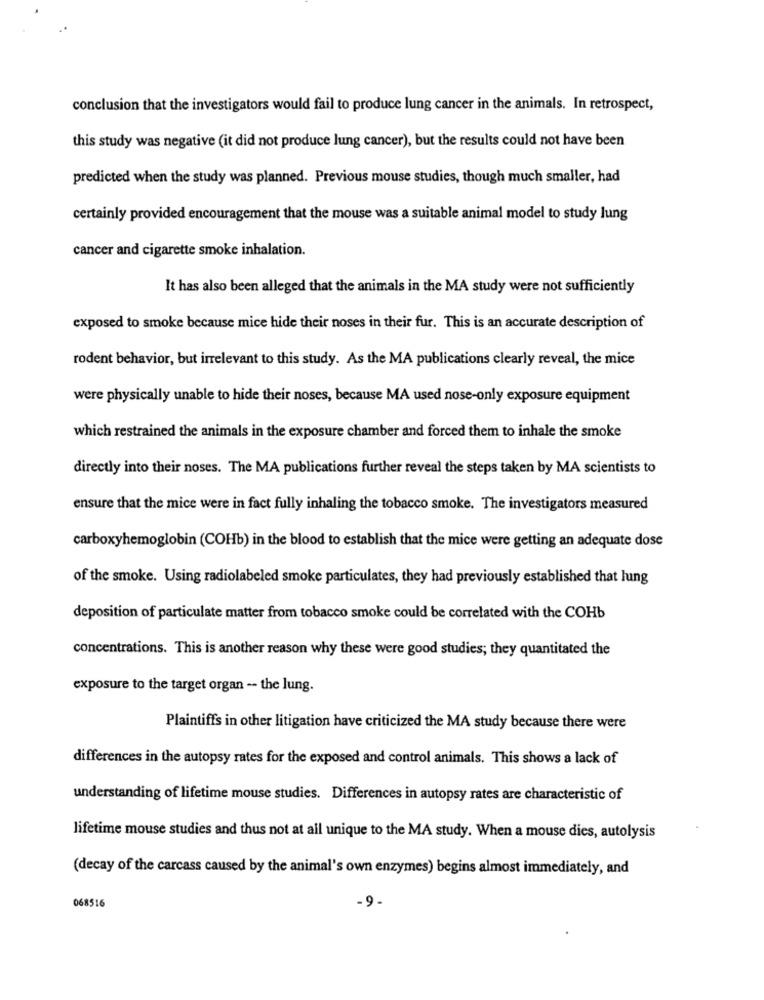
conclusion that the investigators would fail to produce lung cancer in the animals. In retrospect,
this study was negative (it did not produce lung cancer), but the results could not have been
predicted when the study was planned. Previous mouse studies, though much smaller, had
certainly provided encouragement that the mouse was a suitable animal model to study lung
cancer and cigarette smoke inhalation.
It has also been alleged that the animals in the MA study were not sufficiently
exposed to smoke because mice hide their noses in their fur. This is an accurate description of
rodent behavior, but irrelevant to this study. As the MA publications clearly reveal, the mice
were physically unable to hide their noses, because MA used nose-only exposure equipment
which restrained the animals in the exposure chamber and forced them to inhale the smoke
directly into their noses. The MA publications further reveal the steps taken by MA scientists to
ensure that the mice were in fact fully inhaling the tobacco smoke. The investigators measured
carboxyhemoglobin (COHb) in the blood to establish that the mice were getting an adequate dose
of the smoke. Using radiolabeled smoke particulates, they had previously established that lung
deposition of particulate matter from tobacco smoke could be correlated with the COHb
concentrations. This is another reason why these were good studies; they quantitated the
exposure to the target organ -- the lung.
Plaintiffs in other litigation have criticized the MA study because there were
differences in the autopsy rates for the exposed and control animals. This shows a lack of
understanding of lifetime mouse studies. Differences in autopsy rates are characteristic of
lifetime mouse studies and thus not at all unique to the MA study. When a mouse dies, autolysis
(decay of the carcass caused by the animal's own enzymes) begins almost immediately, and
068516
-9-